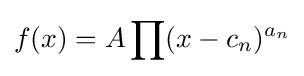
f(x)=A\prod (x-c_{n})^{a_{n}}